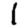
Digit: 1